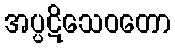
အပ္ပဋိသေဝတော